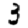
Digit: 3